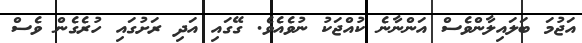
އަޖުމަ ބަލައިލާންވެސް އަންނާނެ ކުއްޖަކު ނުވެއެވެ. ގޭގައި އަދި ރަށުގައި ހުރެގެން ވެސް